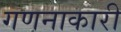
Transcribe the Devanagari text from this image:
गणनाकारी